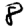
Digit: 8